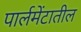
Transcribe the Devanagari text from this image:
पार्लमेंटातील